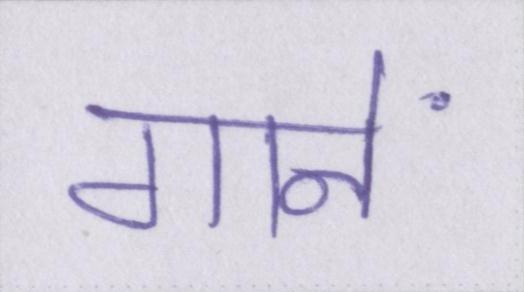
गानें